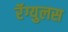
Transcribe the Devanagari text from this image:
रॅग्युलस